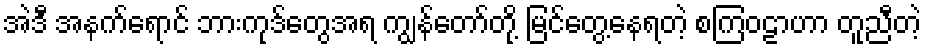
အဲဒီ အနက်ရောင် ဘားကုဒ်တွေအရ ကျွန်တော်တို့ မြင်တွေ့နေရတဲ့ စကြဝဠာဟာ တူညီတဲ့